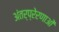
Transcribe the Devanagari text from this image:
अंतर्प्रेरणाओं